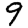
Digit: 9